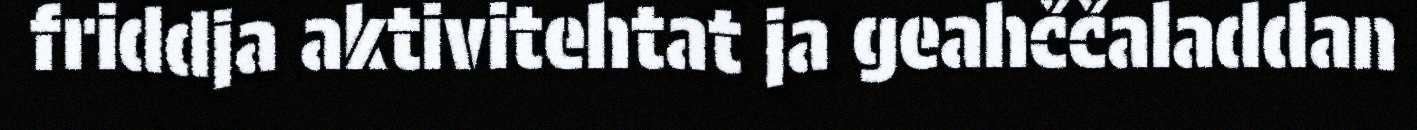
friddja aktivitehtat ja geahččaladdan